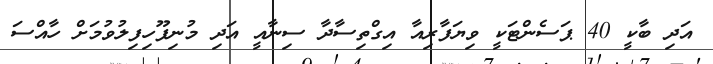
އަދި ބާކީ 40 ޕަސެންޓަކީ ވިޔަފާރިއާ އިގްތިސާދާ ސިނާއީ އަދި މުނިފޫހިފިލުވުމަށް ހާއްސަ